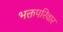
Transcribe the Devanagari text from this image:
भक्तपरिवार